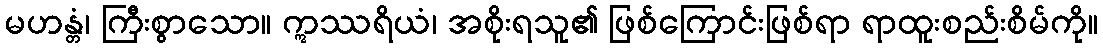
မဟန္တံ၊ ကြီးစွာသော။ ဣဿရိယံ၊ အစိုးရသူ၏ ဖြစ်ကြောင်းဖြစ်ရာ ရာထူးစည်းစိမ်ကို။